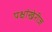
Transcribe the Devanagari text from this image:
पक्षांखेरीज